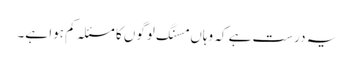
یہ درست ہے کہ وہاں مسنگ لوگوں کا مسئلہ کم ہوا ہے۔